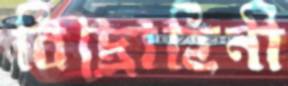
বিদ্রোহিনী